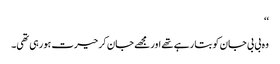
‘‘
وہ بی بی جان کو بتا رہے تھے اور مجھے جان کر حیرت ہو رہی تھی۔